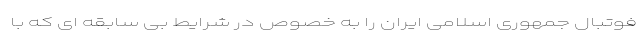
فوتبال جمهوری اسلامی ایران را به خصوص در شرایط بی سابقه ای که با